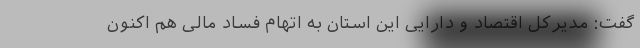
گفت: مدیرکل اقتصاد و دارایی این استان به اتهام فساد مالی هم اکنون